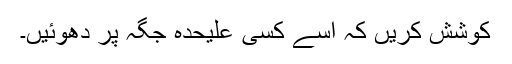
کوشش کریں کہ اسے کسی علیحدہ جگہ پر دھوئیں۔